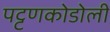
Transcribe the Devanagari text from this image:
पट्टणकोडोली